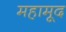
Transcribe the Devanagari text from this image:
महामूद